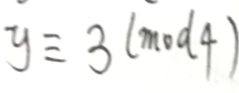
y \equiv 3 ( m o d 4 )